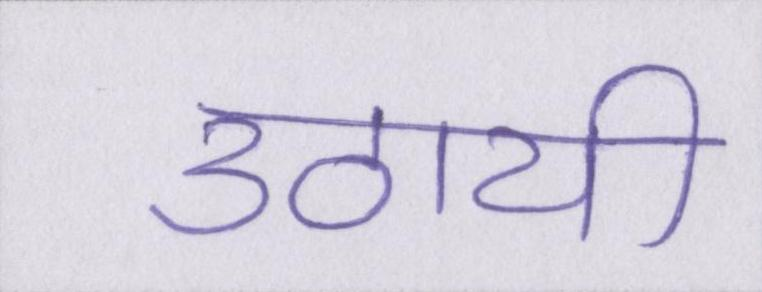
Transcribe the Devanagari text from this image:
उठायी